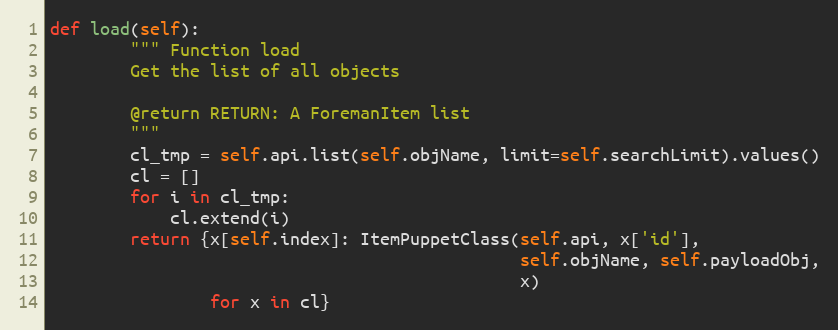
Language: Python
def load(self):
        """ Function load
        Get the list of all objects

        @return RETURN: A ForemanItem list
        """
        cl_tmp = self.api.list(self.objName, limit=self.searchLimit).values()
        cl = []
        for i in cl_tmp:
            cl.extend(i)
        return {x[self.index]: ItemPuppetClass(self.api, x['id'],
                                               self.objName, self.payloadObj,
                                               x)
                for x in cl}